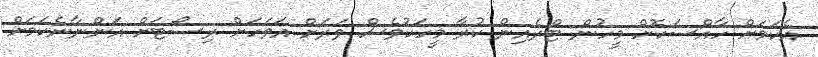
އެކަމަށް ހާއްސަކޮށް މީހުން ޓްރެއިން ކުރާ މީހަކުވެސް ވަަރަށް އަވަހަށް ރިސޯޓަށް އަންނާނެކަމަށް